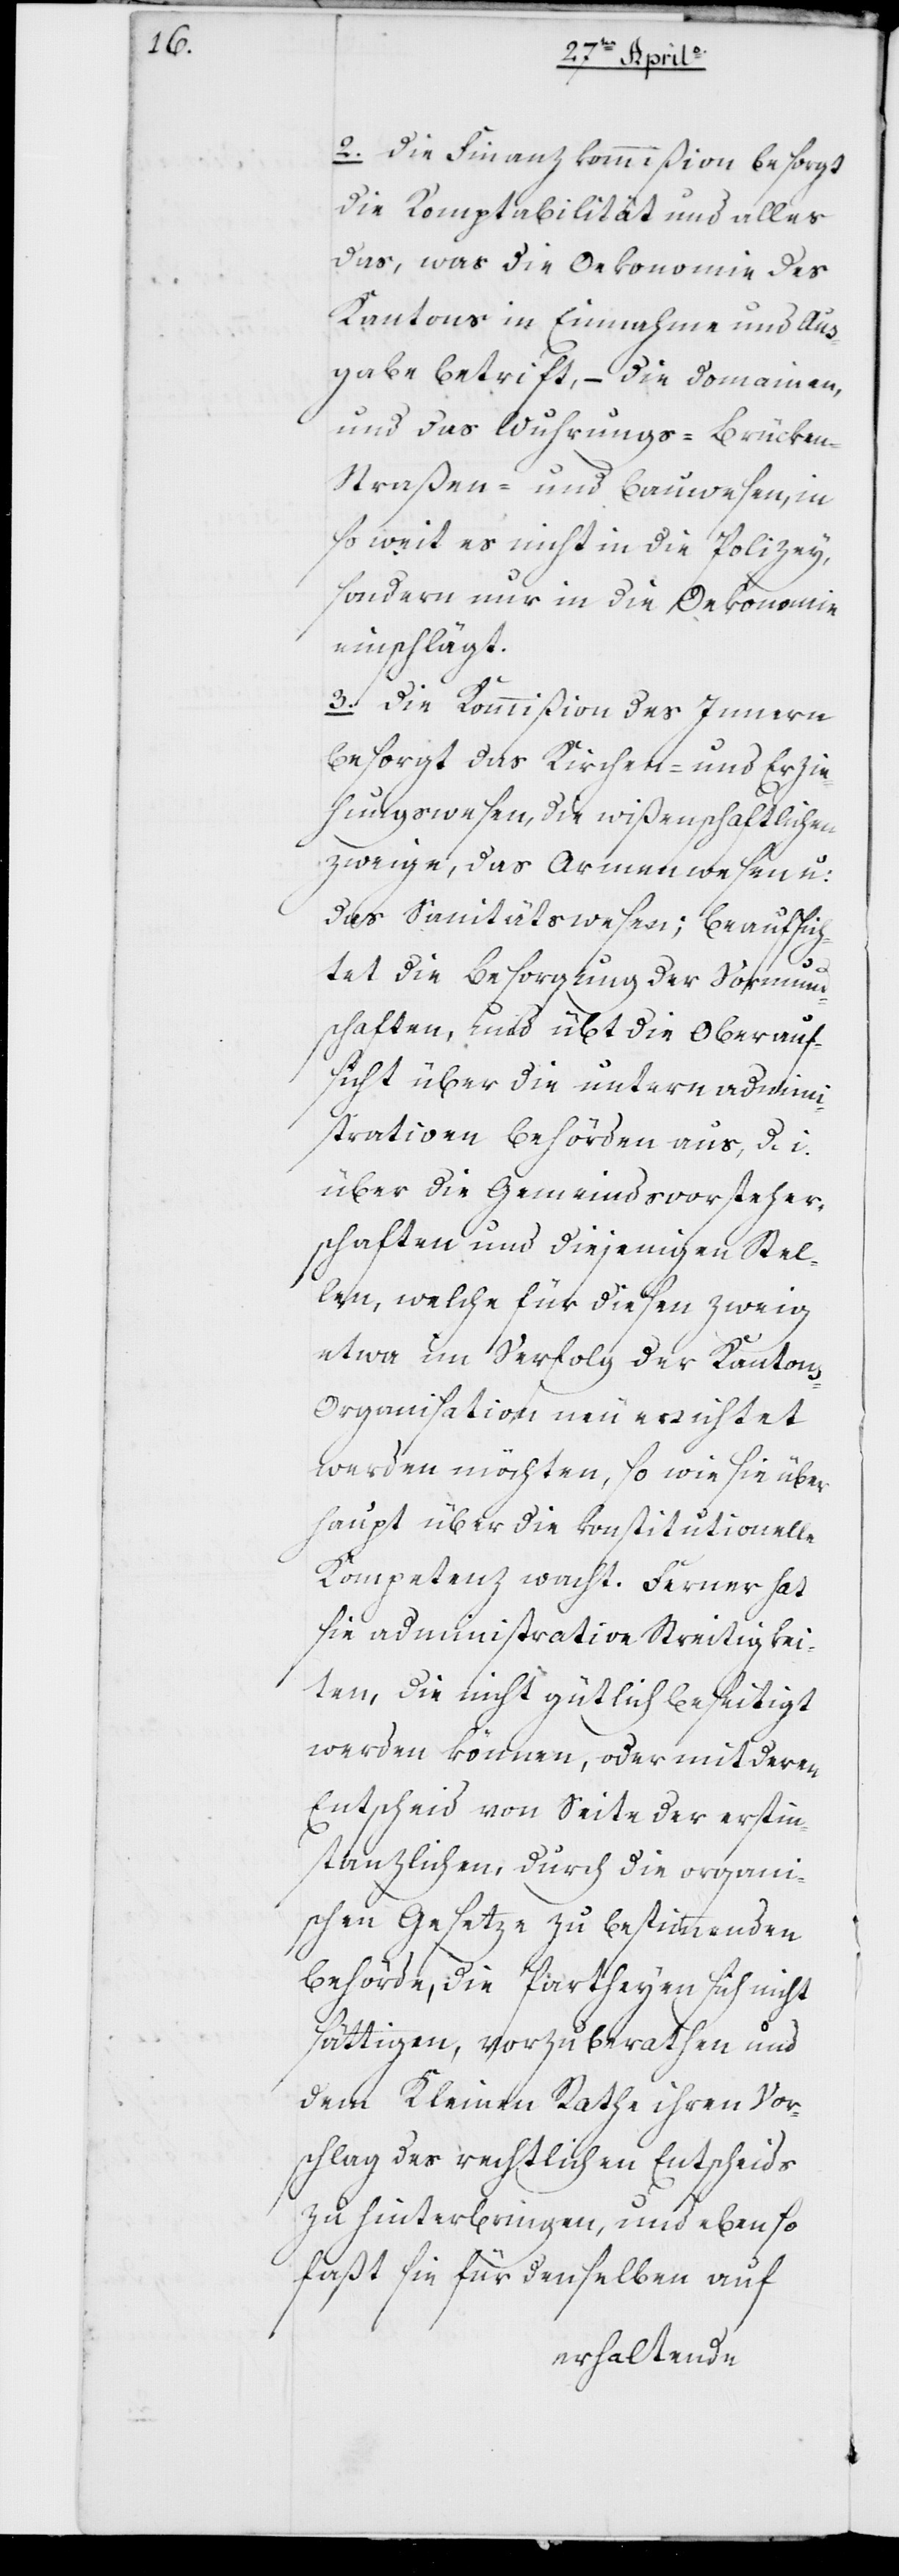
2. Die Finanzkommißion besorgt
die Komptabilität und alles
das, was die Oekonomie des
Kantons in Einnahme und Aus¬
gabe betrifft, – die Domainen
und das Wuhrungs- Brücken-
Straßen- und Bauwesen, in
so weit es nicht in die Polizey,
sondern nur in die Oekonomie
einschlägt.
3. Die Kommißion des Innern
besorgt das Kirchen- und Erzie¬
hungswesen, die wißenschaftlichen
Zweige, das Armenwesen und
das Sanitätswesen; beaufsich¬
tigt die Besorgung der Vormund¬
schaften und übt die Oberauf¬
sicht über die untern admini¬
strativen Behörden aus, d. i.
über die Gemeindsvorsteher¬
schaften und diejenigen Stel¬
len, welche für diesen Zweig
etwa im Verfolg der Kantons¬
organisation neu errichtet
werden möchten, so wie sie über¬
haupt über die konstitutionelle
Kompetenz wacht. Ferner hat
sie administrative Streitigkei¬
ten, die nicht gütlich beseitigt
werden können, oder mit deren
Entscheid von Seite der erstin¬
stanzlichen, durch die organi¬
schen Gesetze zu bestimmenden
Behörde, die Partheyen sich nicht
sättigen, vorzuberathen und
dem Kleinen Rathe ihren Vor¬
schlag des rechtlichen Entscheids
zu hinterbringen, und ebenso
faßt sie für denselben auf